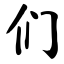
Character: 们